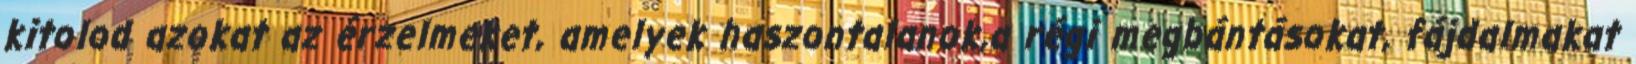
kitolod azokat az érzelmeket, amelyek haszontalanok,a régi megbántásokat, fájdalmakat